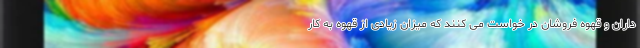
داران و قهوه فروشان در خواست می کنند که میزان زیادی از قهوه به کار